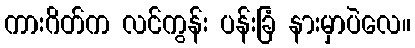
ကားဂိတ်က လင်ကွန်း ပန်းခြံ နားမှာပဲလေ။